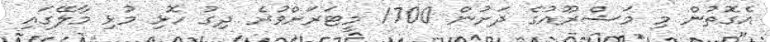
އެގޮތުން މި މަޝްރޫއުގެ ދަށުން 1700 މީޓަރަށްވުރެ ދިގު ހޮޅި މުޅި މާލޭގައި